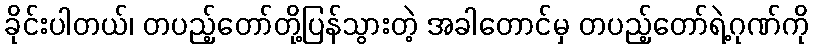
ခိုင်းပါတယ်၊ တပည့်တော်တို့ပြန်သွားတဲ့ အခါတောင်မှ တပည့်တော်ရဲ့ဂုဏ်ကို